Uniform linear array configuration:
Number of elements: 64
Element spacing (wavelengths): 0.75
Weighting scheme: hamming
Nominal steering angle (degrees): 0
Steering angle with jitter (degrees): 0.1674
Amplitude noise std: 0.05
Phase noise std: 0.05

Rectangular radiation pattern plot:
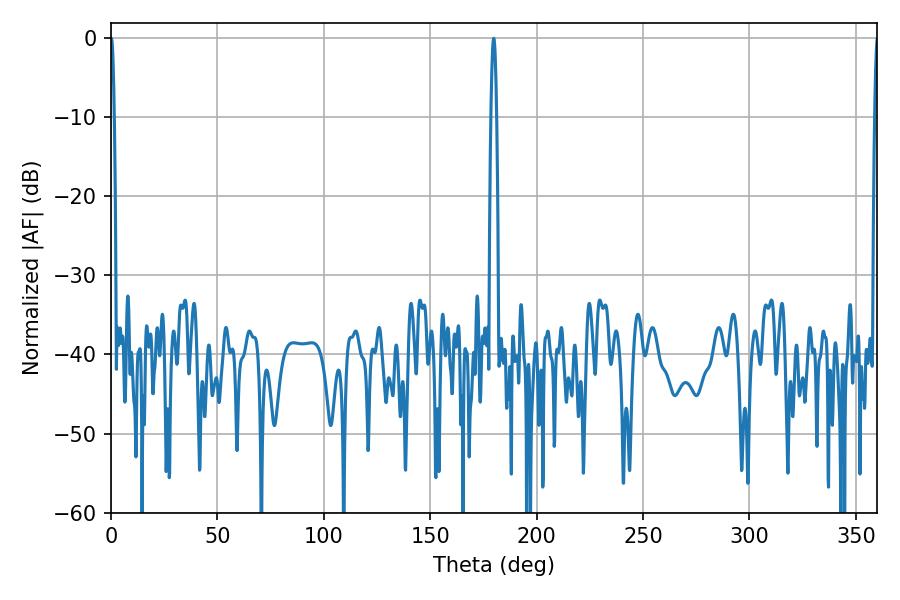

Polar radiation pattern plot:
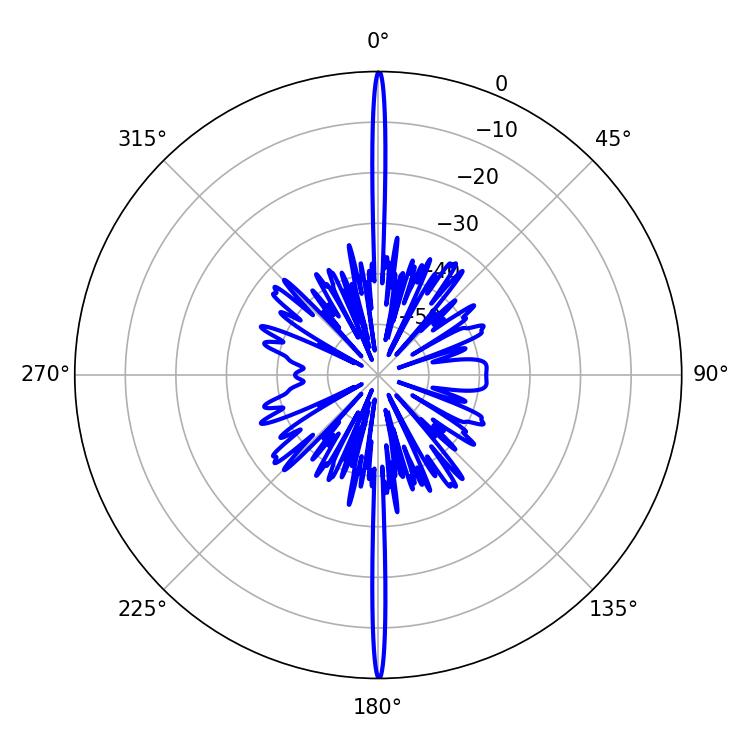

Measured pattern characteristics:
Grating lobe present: TRUE
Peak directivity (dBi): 41.527
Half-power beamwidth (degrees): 1.44
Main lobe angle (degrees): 179.82